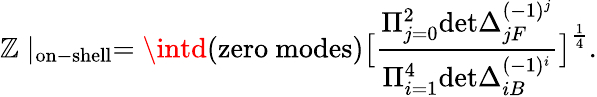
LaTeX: \mathbb{Z}\mid_{\mathrm{{on-shell}}}=\intd(\mathrm{{zero~modes}})\big[{\frac{{\Pi_{j=0}^{2}\mathrm{{det}}\Delta_{jF}^{(-1)^{j}}}}{{\Pi_{i=1}^{4}\mathrm{{det}}\Delta_{iB}^{(-1)^{i}}}}}\big]^{\frac{{1}}{{4}}}.